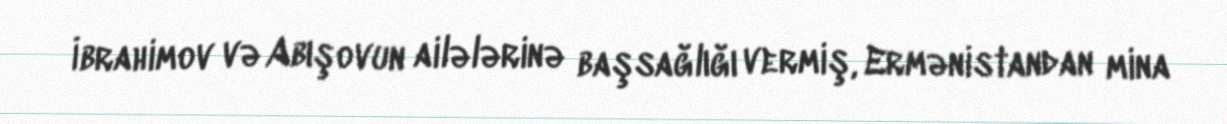
İbrahimov və Abışovun ailələrinə başsağlığı vermiş, Ermənistandan mina